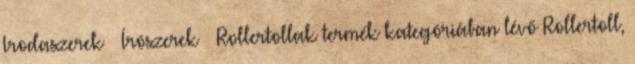
Irodaszerek Írószerek Rollertollak termék kategóriában lévő Rollertoll,